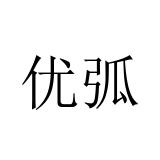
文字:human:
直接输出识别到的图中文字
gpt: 优弧